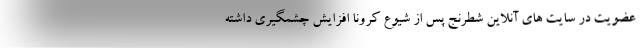
عضویت در سایت های آنلاین شطرنج پس از شیوع کرونا افزایش چشمگیری داشته